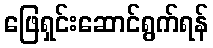
ဖြေရှင်းဆောင်ရွက်ရန်